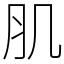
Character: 肌